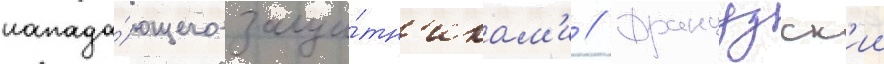
напада́ющего защи́тн'икам'и // Французск'ии